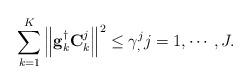
LaTeX: \begin{align*}\sum_{k=1}^{K}\left\Vert \mathbf{g}_k^{\dagger}{\mathbf{C}^j_{k}}\right\Vert ^{2}\leq\gamma^j _, j=1,\cdots,J.\end{align*}